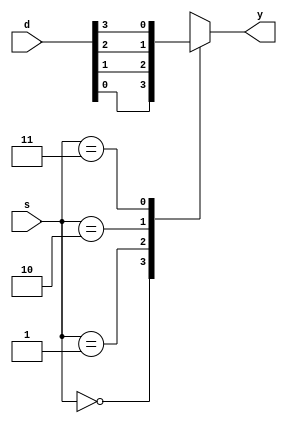
`timescale 1ns / 1ps
//////////////////////////////////////////////////////////////////////////////////
// Company: 
// Engineer: 
// 
// Design Name: 
// Module Name: mux_2
// Project Name: 
// Target Devices: 
// Tool Versions: 
// Description: 
// 
// Dependencies: 
// 
// Revision:
// Revision 0.01 - File Created
// Additional Comments:
// 
//////////////////////////////////////////////////////////////////////////////////


module mux_2(
    input [3:0] d,
    input [1:0] s,
    output reg y
    );
    always@(*)
    begin
    case(s)
    2'b00:y=d[0];
    2'b01:y=d[1];
    2'b10:y=d[2];
    2'b11:y=d[3];
    endcase
    end
endmodule